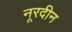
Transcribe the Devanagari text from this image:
नूरदीन